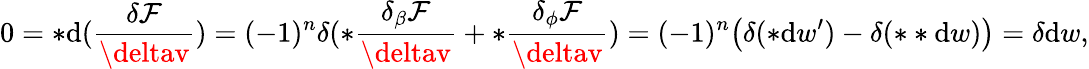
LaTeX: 0=\ast\mathrm{d}(\frac{{\delta\mathcal{{F}}}}{{\deltav}})=(-1)^{n}\delta(\ast\frac{{\delta_{\beta}\mathcal{{F}}}}{{\deltav}}+\ast\frac{{\delta_{\phi}\mathcal{{F}}}}{{\deltav}})=(-1)^{n}\big(\delta(\ast\mathrm{d}w^{\prime})-\delta(\ast\ast\mathrm{d}w)\big)=\delta\mathrm{d}w,